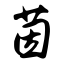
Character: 茵